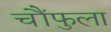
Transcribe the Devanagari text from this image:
चौंफुला